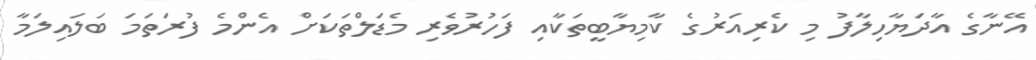
އޭނާގެ އާދަޔާހިލާފު މި ކެރިއަރުގެ ކާމިޔާބީތަކާއި ފަހުރުވެރި މެޑަލްތަކަށް އެންމެ ފުރަތަމަ ބަލައިލަމާ